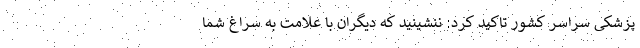
پزشکی سراسر کشور تاکید کرد: ننشینید که دیگران با علامت به سراغ شما